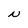
Character: N